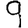
Digit: 9